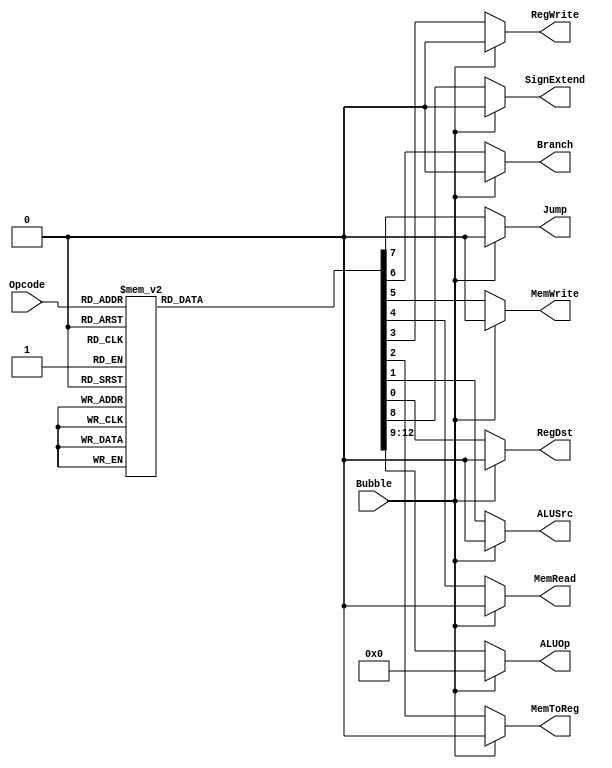
`timescale 1ns / 1ps
//////////////////////////////////////////////////////////////////////////////////
// Company: 
// Engineer: 
// 
// Design Name: 
// Module Name:    PipelinedControl 
// Project Name: 
// Target Devices: 
// Tool versions: 
// Description: 
//
// Dependencies: 
//
// Revision: 
// Revision 0.01 - File Created
// Additional Comments: 
//
//////////////////////////////////////////////////////////////////////////////////
`define RTYPEOPCODE 6'b000000
`define LWOPCODE        6'b100011
`define SWOPCODE        6'b101011
`define BEQOPCODE       6'b000100
`define JOPCODE     6'b000010
`define ORIOPCODE       6'b001101
`define ADDIOPCODE  6'b001000
`define ADDIUOPCODE 6'b001001
`define ANDIOPCODE  6'b001100
`define LUIOPCODE       6'b001111
`define SLTIOPCODE  6'b001010
`define SLTIUOPCODE 6'b001011
`define XORIOPCODE  6'b001110

`define AND     4'b0000
`define OR      4'b0001
`define ADD     4'b0010
`define SLL     4'b0011
`define SRL     4'b0100
`define SUB     4'b0110
`define SLT     4'b0111
`define ADDU    4'b1000
`define SUBU    4'b1001
`define XOR     4'b1010
`define SLTU    4'b1011
`define NOR     4'b1100
`define SRA     4'b1101
`define LUI     4'b1110
`define FUNC    4'b1111


module PipelinedControl(RegDst, ALUSrc, MemToReg, RegWrite, MemRead, MemWrite, Branch, Jump, SignExtend, ALUOp, Opcode, Bubble);
   input [5:0] Opcode;
   input Bubble;
   output RegDst;
   output ALUSrc;
   output MemToReg;
   output RegWrite;
   output MemRead;
   output MemWrite;
   output Branch;
   output Jump;
   output SignExtend;
   output [3:0] ALUOp;
	 
	reg	RegDst, ALUSrc, MemToReg, RegWrite, MemRead, MemWrite, Branch, Jump, SignExtend;
	reg  [3:0] ALUOp;
	always @ (Opcode or Bubble) begin
		if(Bubble) begin
			RegDst <= #2 0;
			ALUSrc <= #2 0;
			MemToReg <= #2 0;
			RegWrite <= #2 0;
			MemRead <= #2 0;
			MemWrite <= #2 0;
			Branch <= #2 0;
			Jump <= #2 0;
			SignExtend <= #2 0;
			ALUOp <= #2 0;
		end
		else begin
			case(Opcode)
		      	   `RTYPEOPCODE: begin
               		    	RegDst <= #2 1;
                	    	ALUSrc <= #2 0;
                	    	MemToReg <= #2 0;
                	   	 RegWrite <= #2 1;
                	    	MemRead <= #2 0;
                	    	MemWrite <= #2 0;
                	    	Branch <= #2 0;
                	    	Jump <= #2 0;
                	    	SignExtend <= #2 1'b0;
                	    	ALUOp <= #2 `FUNC;
            		    end
            /*add your code here. Reuse your code from lab 10 from the file Lab10_SingleCycleControl.v */
			`LWOPCODE: begin
							RegDst <= #2 0;
							ALUSrc <= #2 1;
							MemToReg <= #2 1;
							RegWrite <= #2 1;
							MemRead <= #2 1;
							MemWrite <= #2 0;
							Branch <= #2 0;
							Jump <= #2 0;
							SignExtend <= #2 1'b0;
							ALUOp <= #2 `ADD;
						end
						`SWOPCODE: begin
							RegDst <= #2 1'bx;
							ALUSrc <= #2 1;
							MemToReg <= #2 1'bx;
							RegWrite <= #2 0;
							MemRead <= #2 0;
							MemWrite <= #2 1;
							Branch <= #2 0;
							Jump <= #2 0;
							SignExtend <= #2 1'b0;
							ALUOp <= #2 `ADD;
						end
						`BEQOPCODE: begin
							RegDst <= #2 1'bx;
							ALUSrc <= #2 0;
							MemToReg <= #2 1'bx;
							RegWrite <= #2 0;
							MemRead <= #2 0;
							MemWrite <= #2 0;
							Branch <= #2 1;
							Jump <= #2 0;
							SignExtend <= #2 1'b0;
							ALUOp <= #2 `SUB;
						end
						`JOPCODE: begin
							RegDst <= #2 1'bx;
							ALUSrc <= #2 1'bx;
							MemToReg <= #2 1'bx;
							RegWrite <= #2 0;
							MemRead <= #2 0;
							MemWrite <= #2 0;
							Branch <= #2 0;
							Jump <= #2 1;
							SignExtend <= #2 1'b0;
							ALUOp <= #2 4'bxxxx;
						end
						`ORIOPCODE: begin
							RegDst <= #2 0;
							ALUSrc <= #2 1;
							MemToReg <= #2 0;
							RegWrite <= #2 1;
							MemRead <= #2 0;
							MemWrite <= #2 0;
							Branch <= #2 0;
							Jump <= #2 0;
							SignExtend <= #2 1'b1;
							ALUOp <= #2 `OR;
						end
						`ADDIOPCODE: begin
							RegDst <= #2 0;
							ALUSrc <= #2 1;
							MemToReg <= #2 0;
							RegWrite <= #2 1;
							MemRead <= #2 0;
							MemWrite <= #2 0;
							Branch <= #2 0;
							Jump <= #2 0;
							SignExtend <= #2 1'b0;
							ALUOp <= #2 `ADD;
						end
						`ADDIUOPCODE: begin
							RegDst <= #2 0;
							ALUSrc <= #2 1;
							MemToReg <= #2 0;
							RegWrite <= #2 1;
							MemRead <= #2 0;
							MemWrite <= #2 0;
							Branch <= #2 0;
							Jump <= #2 0;
							SignExtend <= #2 1'b0;
							ALUOp <= #2 `ADDU;
						end
						`ANDIOPCODE: begin
							RegDst <= #2 0;
							ALUSrc <= #2 1;
							MemToReg <= #2 0;
							RegWrite <= #2 1;
							MemRead <= #2 0;
							MemWrite <= #2 0;
							Branch <= #2 0;
							Jump <= #2 0;
							SignExtend <= #2 1'b1;
							ALUOp <= #2 `AND;
						end
						`LUIOPCODE: begin
							RegDst <= #2 0;
							ALUSrc <= #2 1;
							MemToReg <= #2 0;
							RegWrite <= #2 1;
							MemRead <= #2 0;
							MemWrite <= #2 0;
							Branch <= #2 0;
							Jump <= #2 0;
							SignExtend <= #2 1'bx;
							ALUOp <= #2 `LUI;
						end
						`SLTIOPCODE: begin
							RegDst <= #2 0;
							ALUSrc <= #2 1;
							MemToReg <= #2 0;
							RegWrite <= #2 1;
							MemRead <= #2 0;
							MemWrite <= #2 0;
							Branch <= #2 0;
							Jump <= #2 0;
							SignExtend <= #2 1'b0;
							ALUOp <= #2 `SLT;
						end
						`SLTIUOPCODE: begin
							RegDst <= #2 0;
							ALUSrc <= #2 1;
							MemToReg <= #2 0;
							RegWrite <= #2 1;
							MemRead <= #2 0;
							MemWrite <= #2 0;
							Branch <= #2 0;
							Jump <= #2 0;
							SignExtend <= #2 1'b0;
							ALUOp <= #2 `SLTU;
						end
						`XORIOPCODE: begin
							RegDst <= #2 0;
							ALUSrc <= #2 1;
							MemToReg <= #2 0;
							RegWrite <= #2 1;
							MemRead <= #2 0;
							MemWrite <= #2 0;
							Branch <= #2 0;
							Jump <= #2 0;
							SignExtend <= #2 1'b1;
							ALUOp <= #2 `XOR;
						end
           	            default: begin
                	    	RegDst <= #2 1'bx;
                	    	ALUSrc <= #2 1'bx;
                	    	MemToReg <= #2 1'bx;
                	    	RegWrite <= #2 1'bx;
                	    	MemRead <= #2 1'bx;
                	    	MemWrite <= #2 1'bx;
                	    	Branch <= #2 1'bx;
                	    	Jump <= #2 1'bx;
                	    	SignExtend <= #2 1'bx;
                	    	ALUOp <= #2 4'bxxxx;
            		   end
			endcase
		end
	end
endmodule